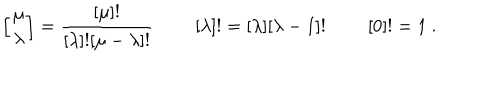
\left[ { \mu \atop \lambda } \right] = { \frac { [ \mu ] ! } { [ \lambda ] ! [ \mu - \lambda ] ! } } \ \qquad [ \lambda ] ! = [ \lambda ] [ \lambda - 1 ] ! \ \qquad [ 0 ] ! = 1 \ .